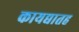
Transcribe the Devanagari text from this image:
कायद्यातह